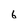
Character: 6